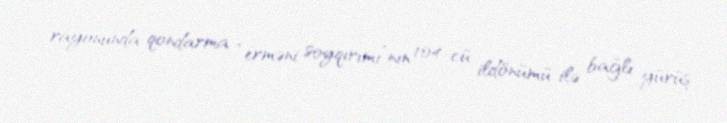
rayonunda qondarma “erməni soyqırımı”nın 104-cü ildönümü ilə bağlı yürüş